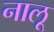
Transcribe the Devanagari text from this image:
नालू